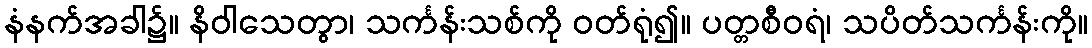
နံနက်အခါ၌။ နိဝါသေတွာ၊ သင်္ကန်းသစ်ကို ဝတ်ရုံ၍။ ပတ္တစီဝရံ၊ သပိတ်သင်္ကန်းကို။